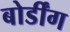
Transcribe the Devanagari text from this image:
बोर्डींग